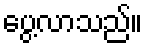
ပွေ့လာသည်။